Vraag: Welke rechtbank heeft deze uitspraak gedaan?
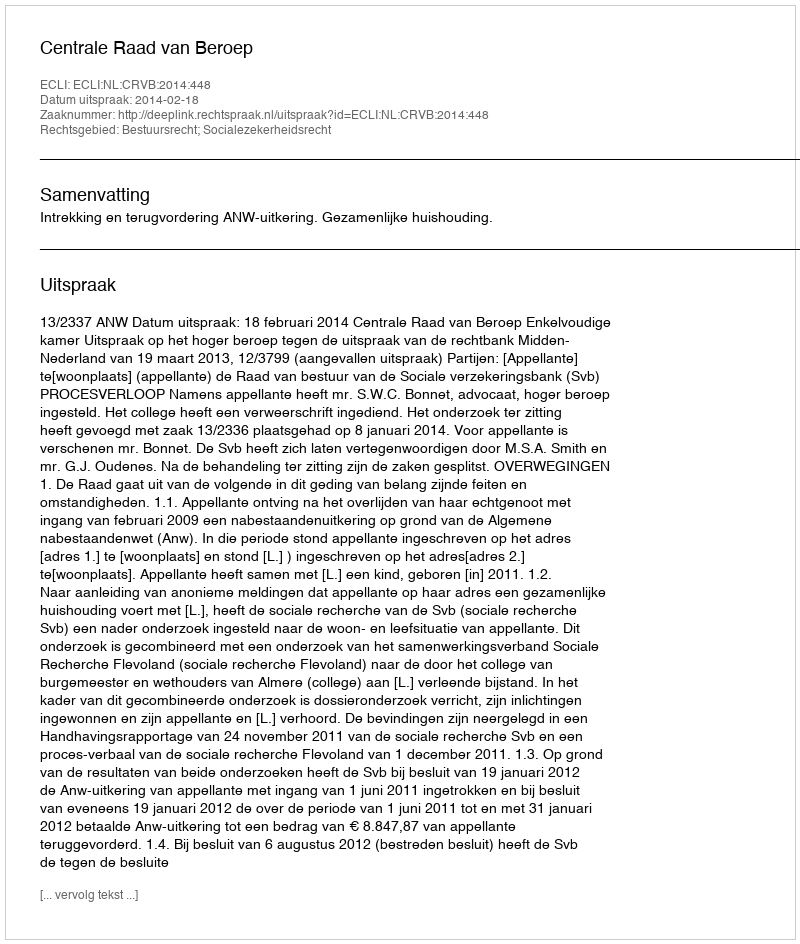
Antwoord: Centrale Raad van Beroep